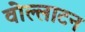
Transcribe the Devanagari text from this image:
वोल्लाटन